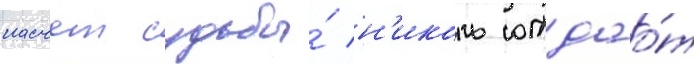
насчет судьбы́ н'иколь отдао́т